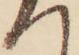
へ